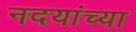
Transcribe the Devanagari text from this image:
नदयांच्या